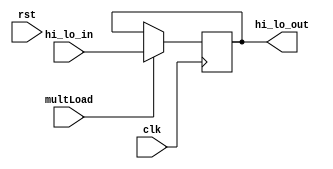

module hi_lo_register(clk, rst, multLoad, hi_lo_in, 
						hi_lo_out);
	input wire clk, rst;
	input wire multLoad;
	input wire[31:0] hi_lo_in;
	output reg[31:0] hi_lo_out;

	always @(posedge clk) begin
		if (multLoad)
			hi_lo_out = hi_lo_in;
	end

endmodule // hi_lo_register